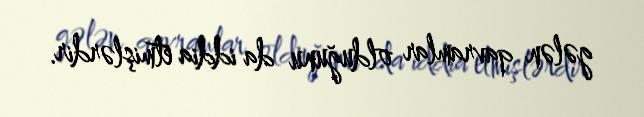
gələn qavramlar olduğunu da iddia etmişlərdir.